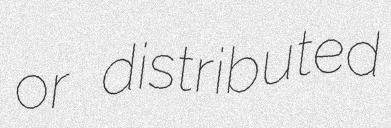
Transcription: or distributed